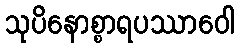
သုပိနောစ္စာရပဿာဝေါ